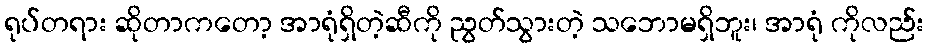
ရုပ်တရား ဆိုတာကတော့ အာရုံရှိတဲ့ဆီကို ညွတ်သွားတဲ့ သဘောမရှိဘူး၊ အာရုံ ကိုလည်း